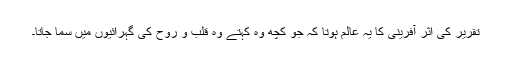
تقریر کی اثر آفرینی کا یہ عالم ہوتا کہ جو کچھ وہ کہتے وہ قلب و روح کی گہرائیوں میں سما جاتا۔